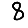
Digit: 8